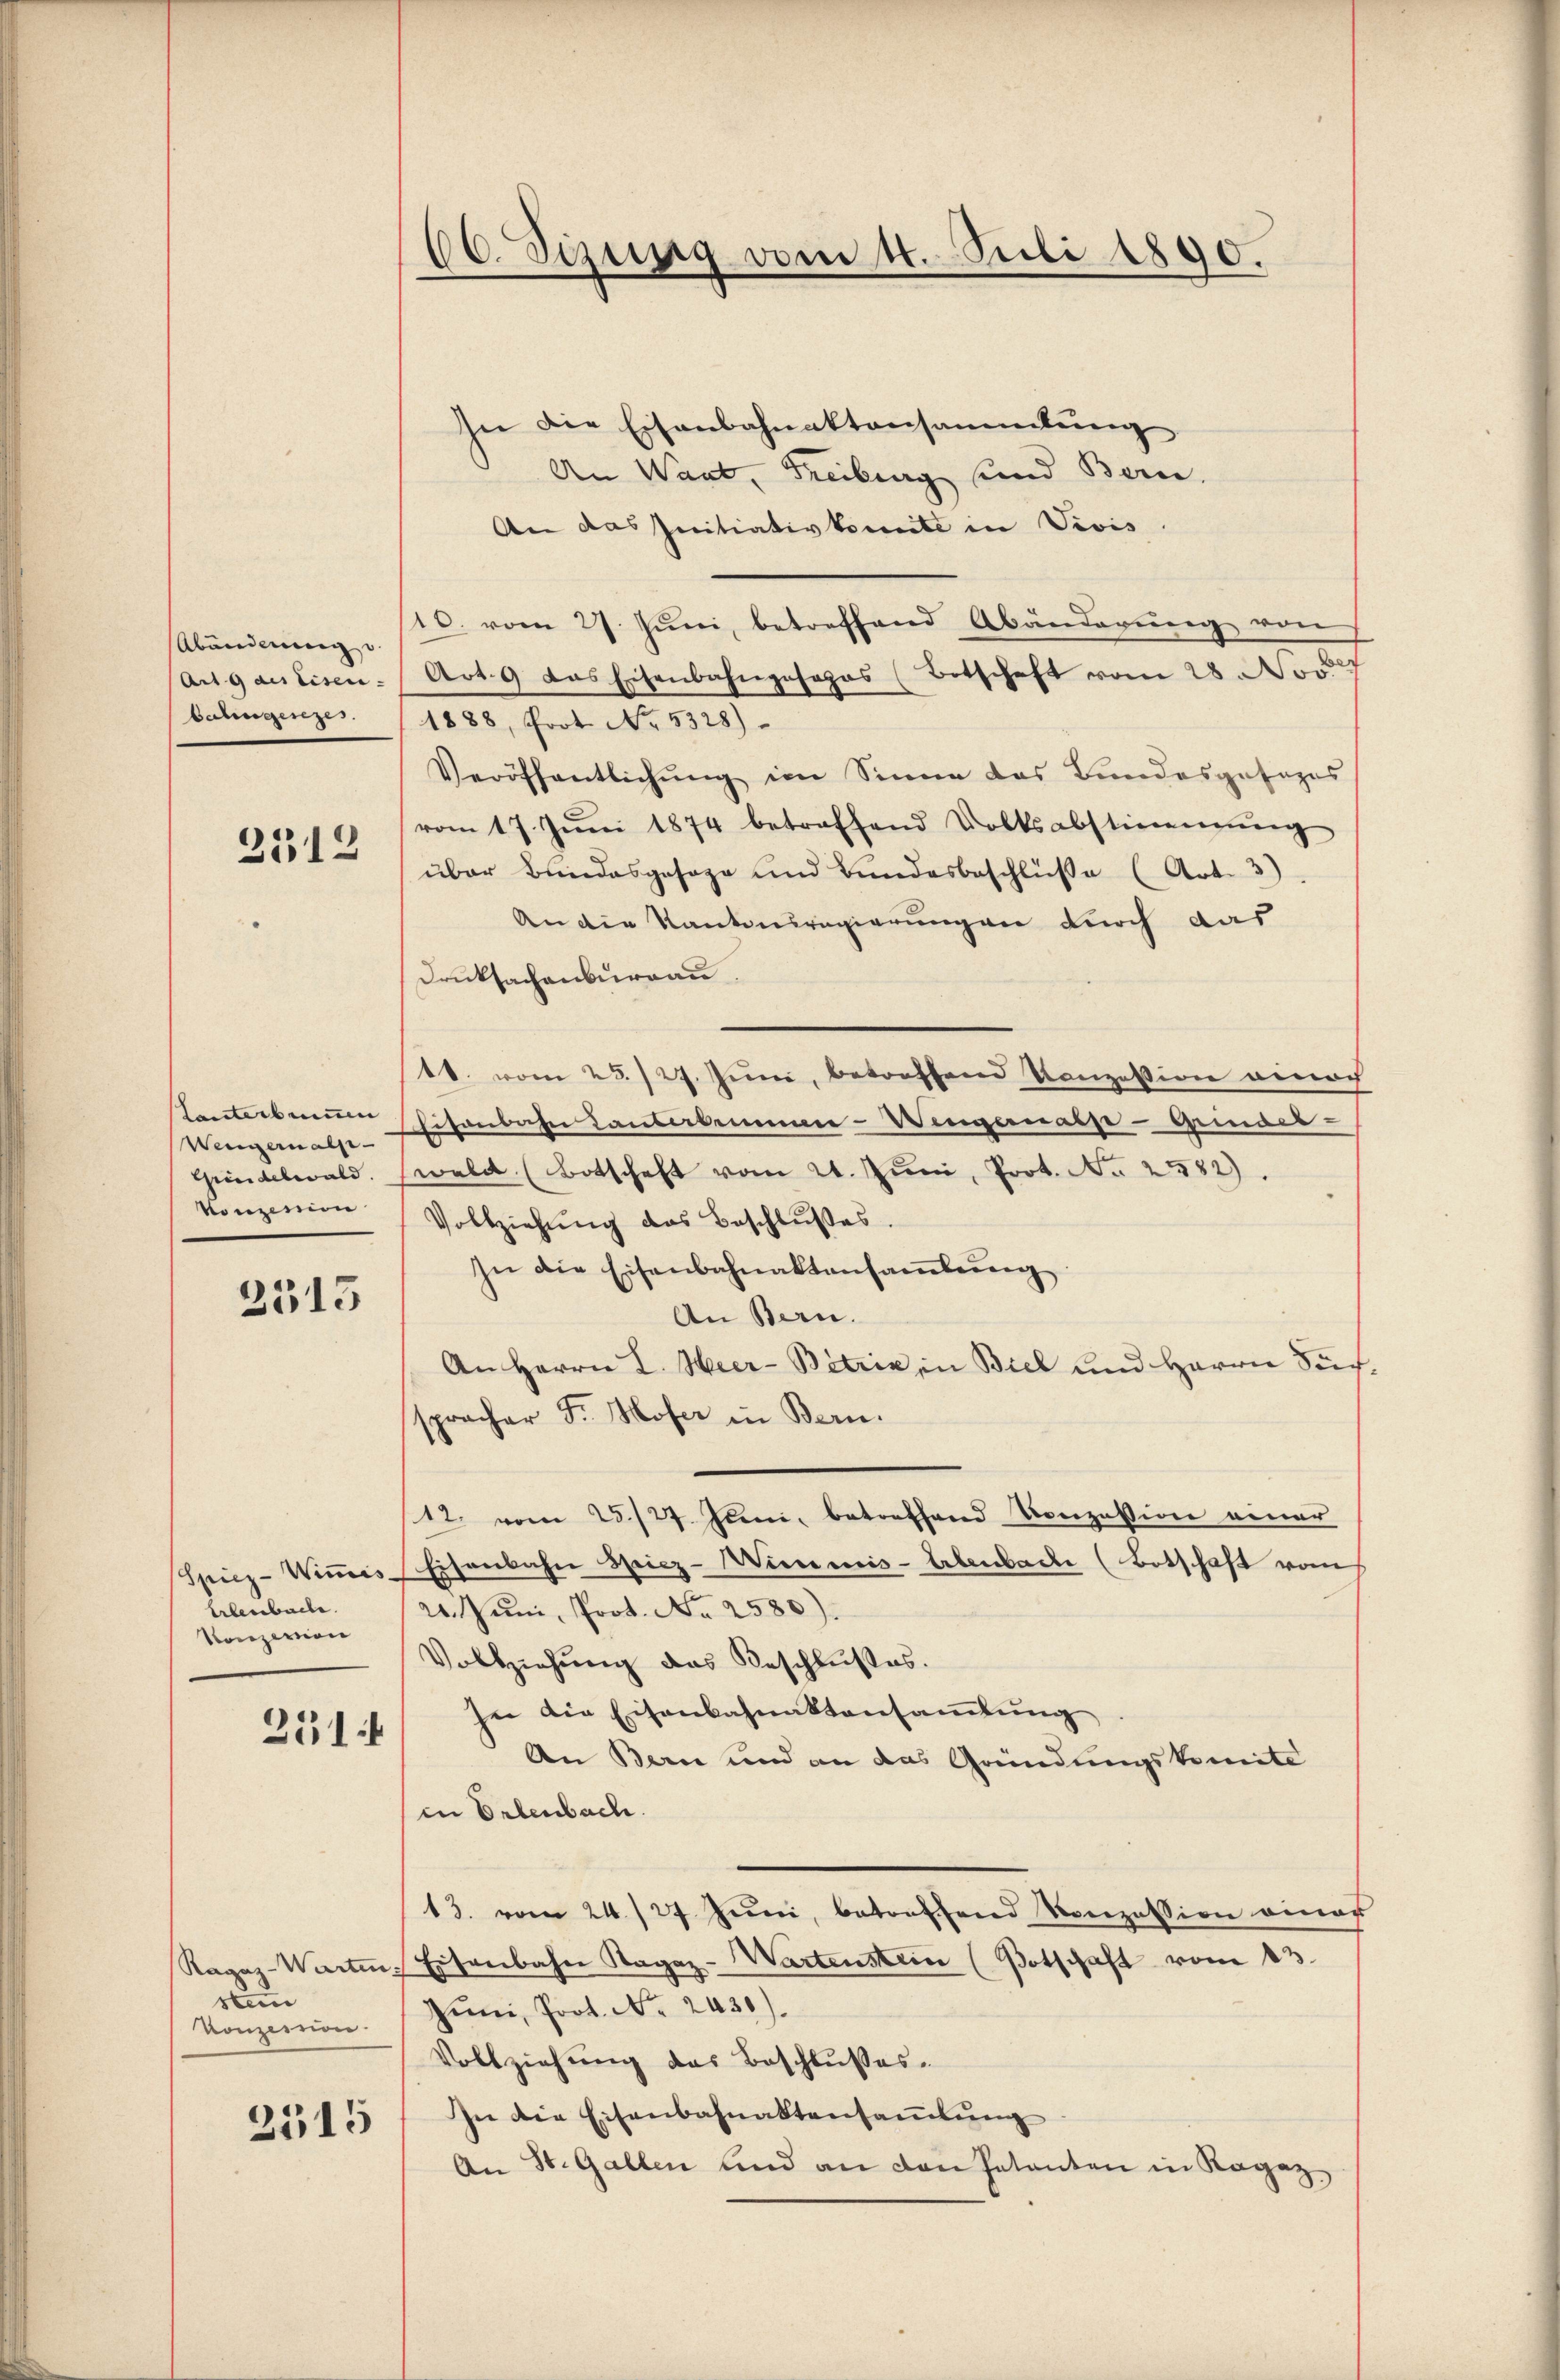
Abänderung u.
Art. 9 des Eisen.
bahngesezes.

2312

tanterbenen
Wengern als
Grindelwald.
Vonzession

2315

Spiez-Wiṁis.
Erbenebache.
Konzerton

231

Ragaz-Warten.
sten
Konzerron

2515

66. Sizung vom 11. Juli 1890.

In die Eisenbahnaktensammlung
An Want, Freiburg und Bern.
An das Initiativkomite in Vivis.
10. vom 27. Jŭni, betreffend Abänderŭng von
Art. 9 das Eisenbahngesages (Botschaft vom 28. Nov.
1888, Prot. No. 5328)
Veröffentlichŭng im Sinne das Bundesgesages
vom 17. Jŭni 1874 betreffend Volksabstimmung
über Bundesgesage und Bundesbeschlüße (Art. 3)
An die Kantonsregierungen durch das
Drucksachenburgau
18. vom 23./27. Juni, betreffend Konzession einach
Eisenbahn Hauberkennen-Wengermasse - Gemdes-
wald (Botschaft vom 21. Jŭni, Prot. No 2582).
Vollziehŭng das Beschlußes.
In die Eisenbahnaktansaṁlŭng
An Bern.
An Herrn I. Hier-Betrik, in Biel und Herrn Sich
spracher Fr. Hofer in Bern.
(12. vom 25./27. Juni, betreffend Konzession einer
Eisenbahn Speicz-Winmis-Abenbache (Botschaft vom
24. Juni, Prot. No 2580).
Vollziehŭng des Beschlußes.
In die Eisenbahnaktensaṁlŭng
An Bern und an das Gründungskomite
in Erlenbach.
13. vom 24./27. Juni, betreffend Konzession einer
Eisenbahne Ragaz-Wartenstein (Potschaft vom 13.
Jŭni Prot. No. 2430).
Vollziehung des Beschlußes.
In die Eisenbahnaktensaṁlŭng
An St. Gallen und an den Patenten in Ragaz